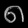
Digit: ၈